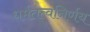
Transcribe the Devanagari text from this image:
धर्मतत्वनिर्णय